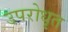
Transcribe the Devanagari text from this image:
उपरोधृत